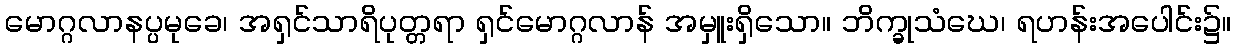
မောဂ္ဂလာနပ္ပမုခေ၊ အရှင်သာရိပုတ္တရာ ရှင်မောဂ္ဂလာန် အမှူးရှိသော။ ဘိက္ခုသံဃေ၊ ရဟန်းအပေါင်း၌။